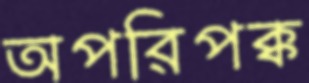
অপরিপক্ক